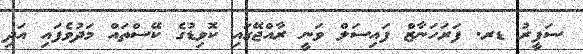
ސަފީރު ޑރ. ފަރަހަނާޒް ފައިސަލް ވަނީ ރާއްޖޭގައި ކޮވިޑުގެ ކޭސްތައް މަދުވެފައި އަދި